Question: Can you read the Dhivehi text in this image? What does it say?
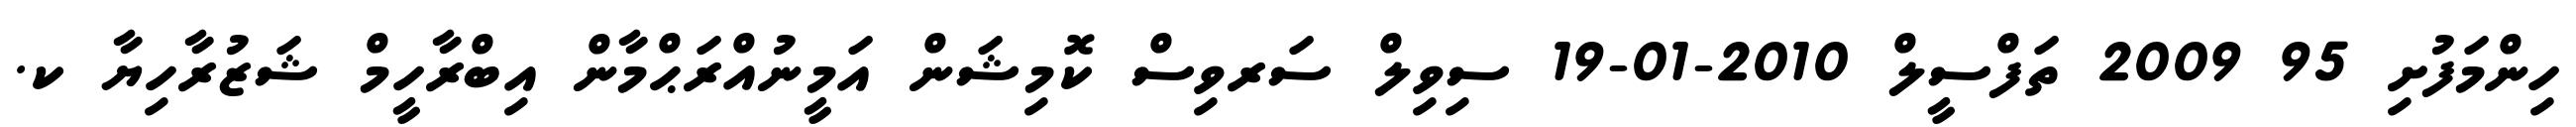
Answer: ހިންމަފުށި 95 2009 ތަފްސީލް 2010-01-19 ސިވިލް ސަރވިސް ކޮމިޝަން އަމީނުއްރަޙްމާން އިބްރާހީމް ޝަޒުރާހިޔާ ކ.